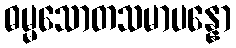
ဓမ္မသောတသမာပန္နော